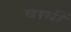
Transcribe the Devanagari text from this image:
वायीं